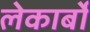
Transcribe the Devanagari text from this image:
लेकार्बों